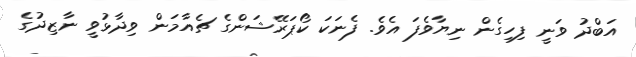
އަބްދު ވަނީ ފިހިގެން ނިޔާވެފަ އެވެ. ފެނަކަ ކޯޕަރޭޝަންގެ ޗެއާމަން ވިދާޅުވީ ނާޒިދުގެ